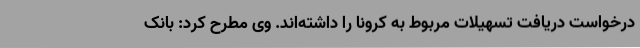
درخواست دریافت تسهیلات مربوط به کرونا را داشته‌اند. وی مطرح کرد: بانک